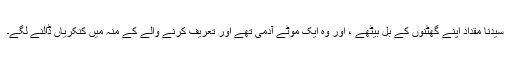
سیدنا مقدادؓ اپنے گھٹنوں کے بل بیٹھے ، اور وہ ایک موٹے آدمی تھے اور تعریف کرنے والے کے منہ میں کنکریاں ڈالنے لگے۔